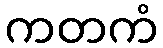
ကတကံ